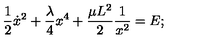
{ \frac { 1 } { 2 } } { \dot { x } } ^ { 2 } + { \frac { \lambda } { 4 } } x ^ { 4 } + { \frac { \mu L ^ { 2 } } { 2 } } { \frac { 1 } { x ^ { 2 } } } = E ;